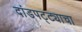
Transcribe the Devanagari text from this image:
दांडपट्ट्याचा